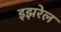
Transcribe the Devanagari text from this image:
इझरेल